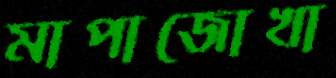
মাপাজোখা